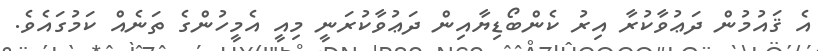
އެ ޤައުމުން ދަޢުވާކުރާ އިރު ކެންބޯޑިޔާއިން ދަޢުވާކުރަނީ މިއީ އެމީހުންގެ ތަނެއް ކަމުގައެވެ.